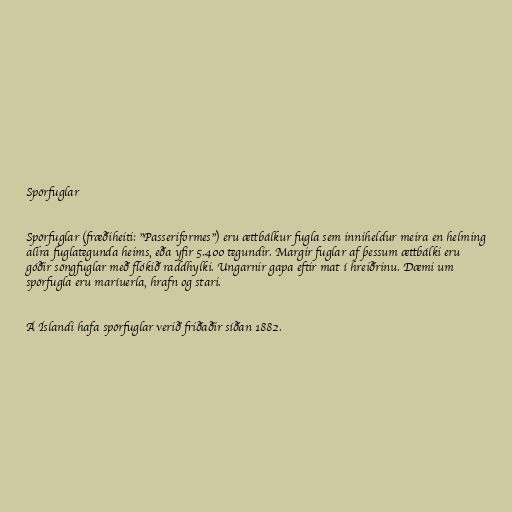
Spörfuglar

Spörfuglar (fræðiheiti: "Passeriformes") eru ættbálkur fugla sem inniheldur meira en helming
allra fuglategunda heims, eða yfir 5.400 tegundir. Margir fuglar af þessum ættbálki eru
góðir söngfuglar með flókið raddhylki. Ungarnir gapa eftir mat í hreiðrinu. Dæmi um
spörfugla eru maríuerla, hrafn og stari.

Á Íslandi hafa spörfuglar verið friðaðir síðan 1882.